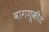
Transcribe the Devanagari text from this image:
वागणूकीत